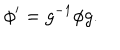
\phi ^ { \prime } = g ^ { - 1 } \phi g .